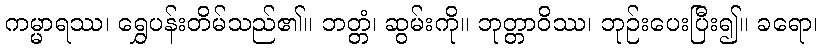
ကမ္မာရဿ၊ ရွှေပန်းတိမ်သည်၏။ ဘတ္တံ၊ ဆွမ်းကို။ ဘုတ္တာဝိဿ၊ ဘုဉ်းပေးပြီး၍။ ခရော၊